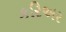
કરિઅર